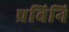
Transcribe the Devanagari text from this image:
प्रविनि